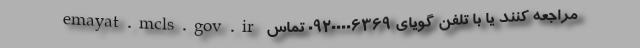
emayat.mcls.gov.ir مراجعه کنند یا با تلفن گویای ۰۹۲۰۰۰۰۶۳۶۹ تماس